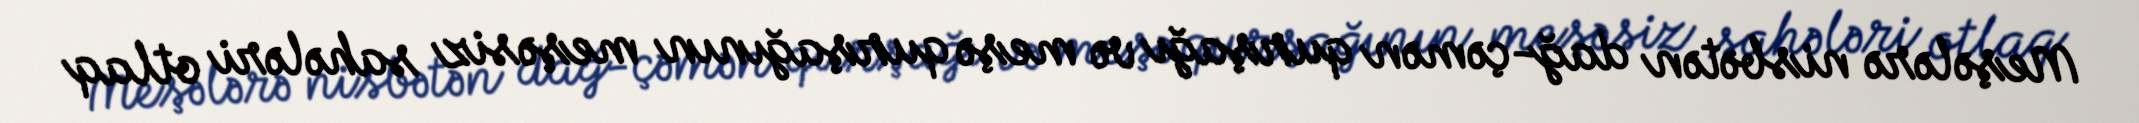
Meşələrə nisbətən dağ-çəmən qurşağı və meşə qurşağının meşəsiz sahələri otlaq